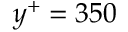
y ^ { + } = 3 5 0